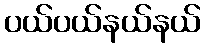
ပယ်ပယ်နယ်နယ်